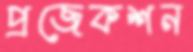
প্রজেকশন